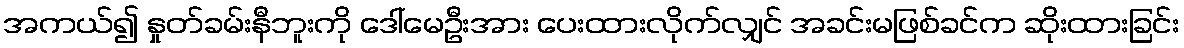
အကယ်၍ နှုတ်ခမ်းနီဘူးကို ဒေါ်မေဦးအား ပေးထားလိုက်လျှင် အခင်းမဖြစ်ခင်က ဆိုးထားခြင်း